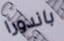
باندورا